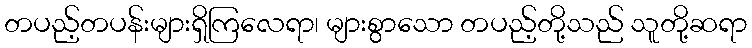
တပည့်တပန်းများရှိကြလေရာ၊ များစွာသော တပည့်တို့သည် သူတို့ဆရာ